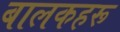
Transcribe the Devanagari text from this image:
बालकहरू